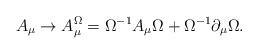
LaTeX: \begin{align*}A_\mu \to A^{\Omega}_\mu = \Omega^{-1} A_\mu \Omega + \Omega^{-1}\partial_ \mu \Omega . \end{align*}